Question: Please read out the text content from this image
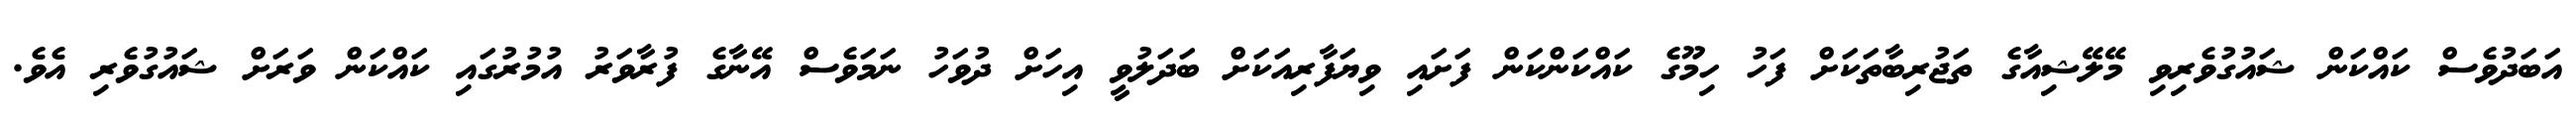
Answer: އަބަދުވެސް ކައްކަން ޝައުގުވެރިވި މޭލޭޝިއާގެ ތަޖުރިބާތަކަށް ފަހު ހިމޫގެ ކައްކަންކަން ފަށައި ވިޔަފާރިއަކަށް ބަދަލުވީ އިހަށް ދުވަހު ނަމަވެސް އޭނާގެ ފުރާވަރު އުމުރުގައި ކައްކަން ވަރަށް ޝައުގުވެރި އެވެ.